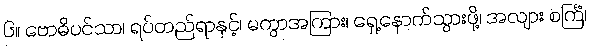
၆။ ဗောဓိပင်သာ၊ ရပ်တည်ရာနှင့်၊ မကွာအကြား၊ ရှေ့နောက်သွားဖို့၊ အလျား စင်္ကြံ၊